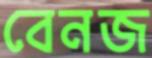
বেনজ